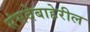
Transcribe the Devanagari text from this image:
संसदेबाहेरील